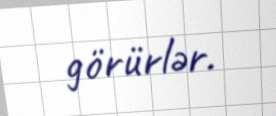
görürlər.